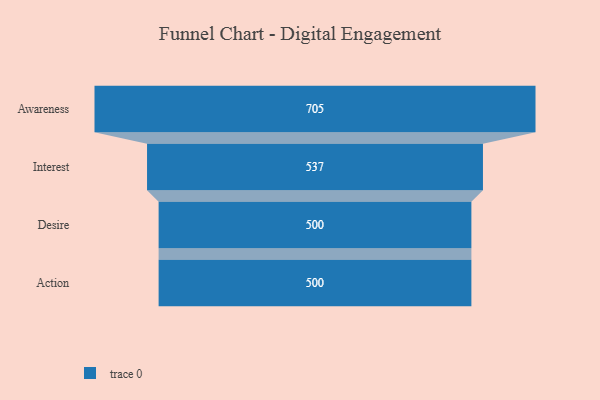
{"axis": {"x": "Stage", "y": "Value"}, "legend": [""], "data": [{"x": "Awareness", "y": 705.0, "type": ""}, {"x": "Interest", "y": 537.0, "type": ""}, {"x": "Desire", "y": 500, "type": ""}, {"x": "Action", "y": 500, "type": ""}]}